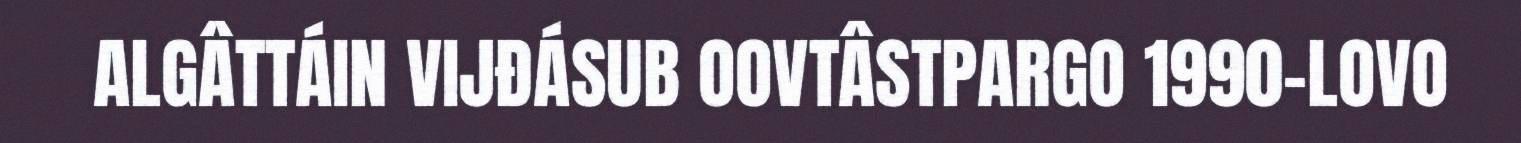
ALGÂTTÁIN VIJĐÁSUB OOVTÂSTPARGO 1990‐LOVO